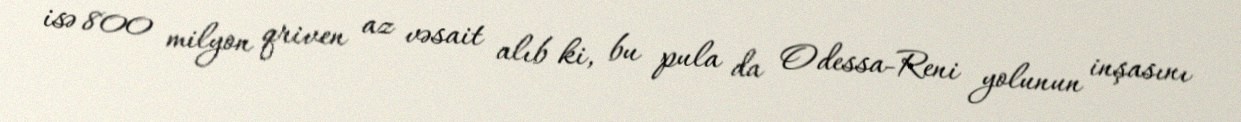
isə 800 milyon qriven az vəsait alıb ki, bu pula da Odessa-Reni yolunun inşasını